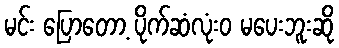
မင်း ပြောတော့ ပိုက်ဆံလုံးဝ မပေးဘူးဆို